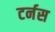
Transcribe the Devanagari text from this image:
टर्नस